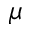
\mu